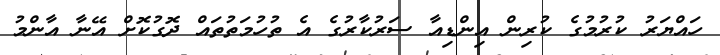
ހައްޔަރު ކުރުމުގެ ކުރިން އިންޑިއާ ސަރުކާރުގެ އެ ތުހުމަތުތައް ދޮގުކޮށް އޭނާ އާންމު